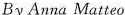
By Anna Matteo